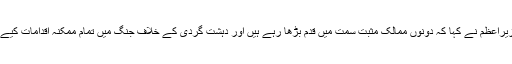
پاکستانی وزیرِاعظم نے کہا کہ دونوں ممالک مثبت سمت میں قدم بڑھا رہے ہیں اور دہشت گردی کے خلاف جنگ میں تمام ممکنہ اقدامات کیے جائیں گے۔